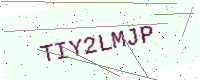
Text: TIY2LMJP